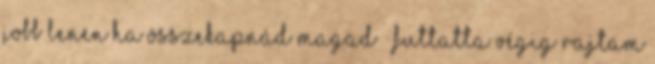
Jobb lenen ha összekapnád magad – futtatta végig rajtam